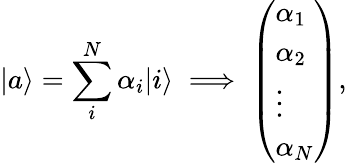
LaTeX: |a\rangle=\sum_{i}^{N}\alpha_{i}|i\rangle\implies\left(\begin{array}{l}{\alpha_{1}}\\ {\alpha_{2}}\\ {\vdots}\\ {\alpha_{N}}\end{array}\right),